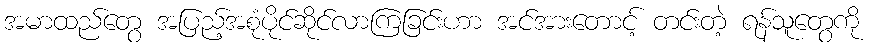
အမာထည်တွေ အပြည့်အစုံပိုင်ဆိုင်လာကြခြင်းဟာ အင်အားတောင့် တင်းတဲ့ ရန်သူတွေကို